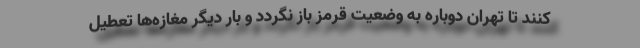
کنند تا تهران دوباره به وضعیت قرمز باز نگردد و بار دیگر مغازه‌ها تعطیل